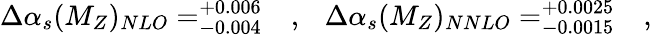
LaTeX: \Delta\alpha_{s}(M_{Z})_{NLO}=_{-0.004}^{+0.006}~~~,~~~\Delta\alpha_{s}(M_{Z})_{NNLO}=_{-0.0015}^{+0.0025}~~~,